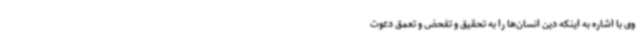
وی با اشاره به اینکه دین انسان‌ها را به تحقیق و تفحض و تعمق دعوت